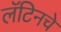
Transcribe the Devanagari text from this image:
लॅटिनचे